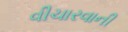
વીચારવાની